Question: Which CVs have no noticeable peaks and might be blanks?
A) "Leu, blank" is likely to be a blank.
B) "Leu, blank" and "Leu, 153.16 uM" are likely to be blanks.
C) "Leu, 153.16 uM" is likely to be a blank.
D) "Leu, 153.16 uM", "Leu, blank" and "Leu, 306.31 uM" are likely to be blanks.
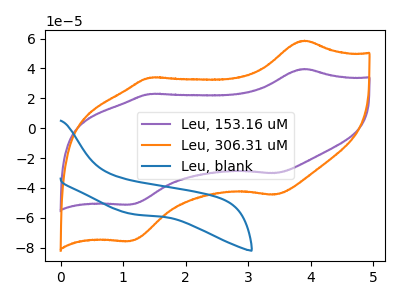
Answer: <think>The purple curve "Leu, 153.16 uM" has anodic peaks at (3.90V, 39.60uA) (1.45V, 22.95uA) and cathodic peaks at (3.40V, -30.10uA) (1.10V, -51.15uA). The orange curve "Leu, 306.31 uM" has anodic peaks at (3.90V, 58.55uA) (1.45V, 33.90uA) and cathodic peaks at (3.40V, -44.45uA) (1.10V, -75.60uA). The blue curve "Leu, blank" has no peaks.</think>
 <answer>A) "Leu, blank" is likely to be a blank.</answer>
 <eval>A</eval>